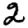
Digit: 2